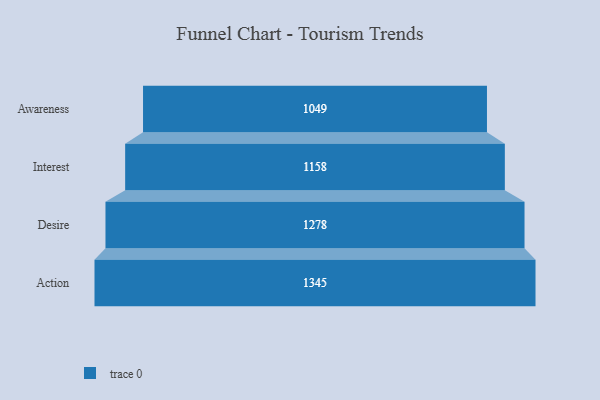
{"axis": {"x": "Stage", "y": "Value"}, "legend": [""], "data": [{"x": "Awareness", "y": 1049.0, "type": ""}, {"x": "Interest", "y": 1158.0, "type": ""}, {"x": "Desire", "y": 1278.0, "type": ""}, {"x": "Action", "y": 1345.0, "type": ""}]}